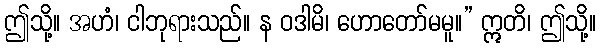
ဤသို့။ အဟံ၊ ငါဘုရားသည်။ န ဝဒါမိ၊ ဟောတော်မမူ။” ဣတိ၊ ဤသို့။